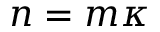
n = m \kappa